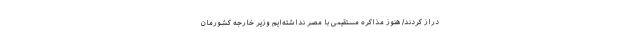
دراز کردند/ هنوز مذاکره مستقیمی با مصر نداشته‌ایم وزیر خارجه کشورمان